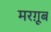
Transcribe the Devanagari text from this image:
मरग़ूब